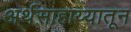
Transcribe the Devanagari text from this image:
अर्थसाहाय्यातून